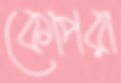
কোপরা